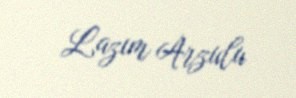
Lazım Arzulu